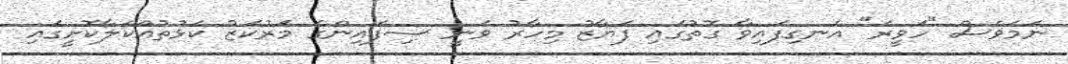
ނަމަވެސް "ހަވީރަ" އެނގިފައިވާ ގޮތުގައި ފަޔާޒު މިހާރު ވަނީ ސިފައިންގެ މަރުކަޒު ކަޅުތުއްކަލާކޮށީގައި